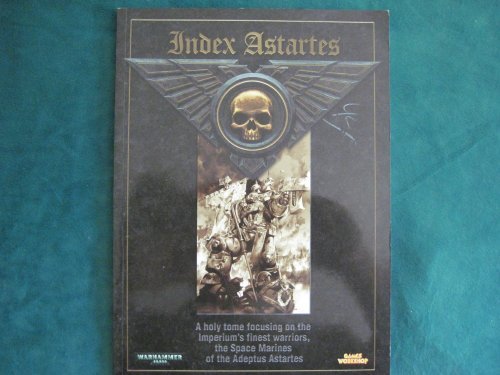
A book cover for Index Astartes (Warhammer 40,000); Games Workshop; Sports & Outdoors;